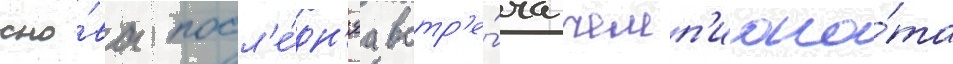
сно́ва посл'е́дн'яа встр'е́ча чемп'иона́та